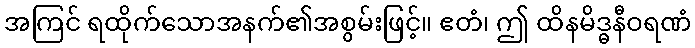
အကြင် ရထိုက်သောအနက်၏အစွမ်းဖြင့်။ ဧတံ၊ ဤ ထိနမိဒ္ဓနီဝရဏံ